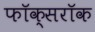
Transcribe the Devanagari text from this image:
फॉक्सरॉक